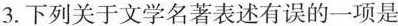
3.下列关于文学名著表述有误的一项是